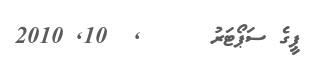
ޕީގެ ސަޕޯޓަރު